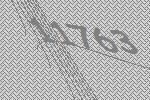
11763